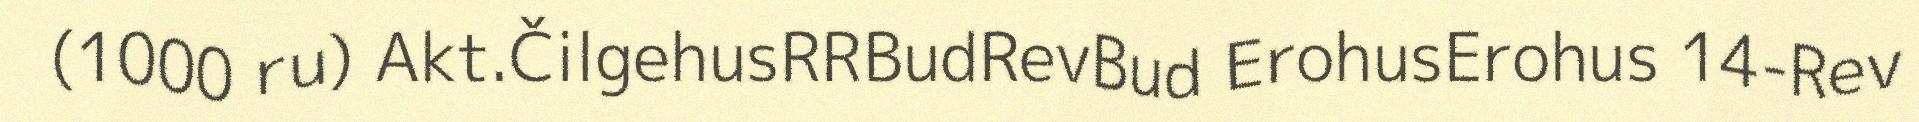
(1000 ru) Akt.ČilgehusRRBudRevBud ErohusErohus 14-Rev